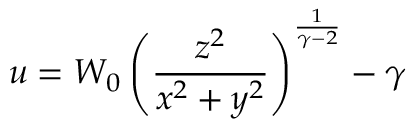
u = W _ { 0 } \left( { \frac { z ^ { 2 } } { x ^ { 2 } + y ^ { 2 } } } \right) ^ { \frac { 1 } { \gamma - 2 } } - \gamma